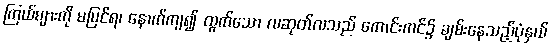
ကြယ်များကို မမြင်ရ၊ နောက်ကျ၍ ထွက်သော လဆုတ်လသည် ကောင်းကင်၌ ချမ်းနေသည့်ပုံနှယ်